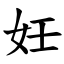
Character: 妊